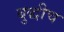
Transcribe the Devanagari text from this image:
बुद्धीच